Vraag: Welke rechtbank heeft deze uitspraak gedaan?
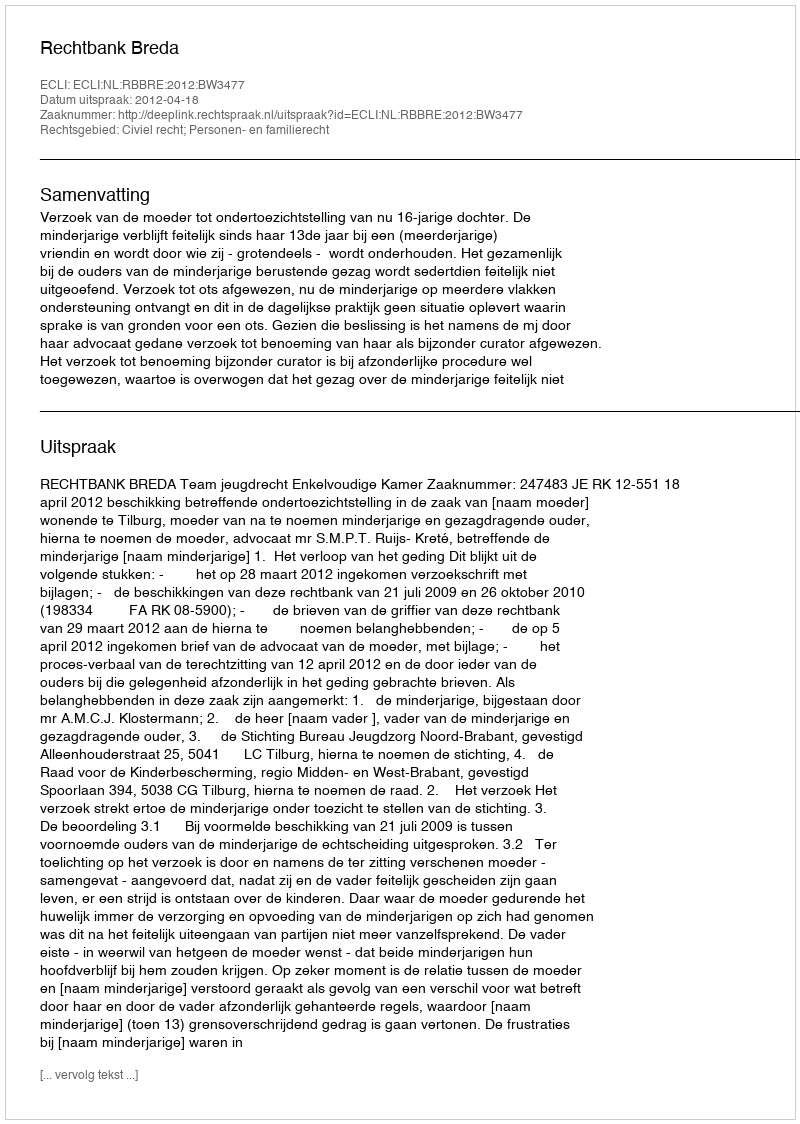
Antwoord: Rechtbank Breda